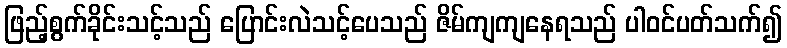
ဖြည့်စွက်ခိုင်းသင့်သည် ပြောင်းလဲသင့်ပေသည် ဇိမ်ကျကျနေရသည် ပါဝင်ပတ်သက်၍